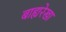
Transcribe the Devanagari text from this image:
बाह्यरेखा